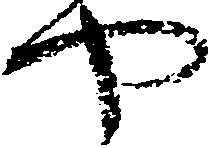
や